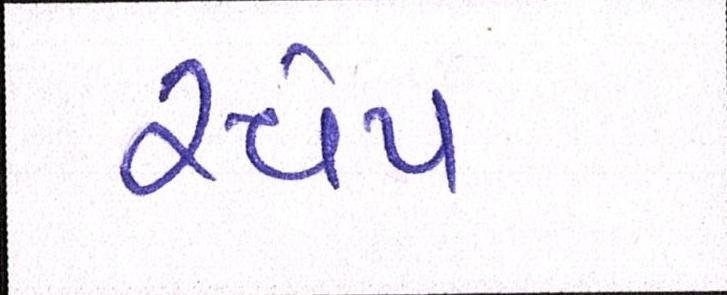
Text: સ્વેપ